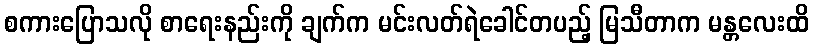
စကားပြောသလို စာရေးနည်းကို ချက်က မင်းလတ်ရဲခေါင်တပည့် မြသီတာက မန္တလေးထိ